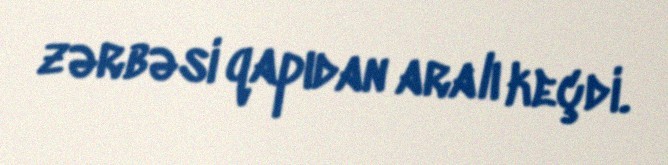
zərbəsi qapıdan aralı keçdi.